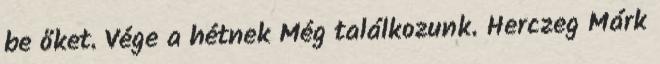
be őket. Vége a hétnek Még találkozunk. Herczeg Márk